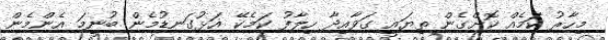
މިހާރު ކަމެއް ކޮށްގެން ތިޔައީ ގަވާއިދާ ހިލާފު ކަމެކޭ އަޅުގަނޑުމެން ބުނީމަ އެންމެން